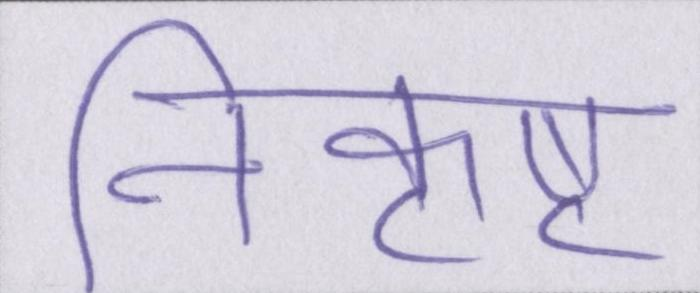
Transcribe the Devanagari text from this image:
निकृष्ट